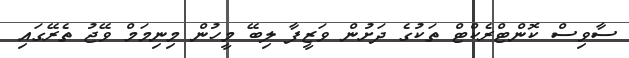
ސާވިސް ކޮންޓްރެކްޓް ތަކުގެ ދަށުން ވަޒީފާ ލިބޭ މީހުން މިނިމަމް ވޭޖު ތެރޭގައި